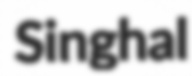
Singhal